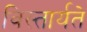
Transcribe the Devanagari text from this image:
विस्तार्यते